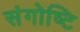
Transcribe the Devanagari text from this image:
संगोष्टि